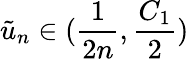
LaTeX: \tilde{u}_{n}\in(\frac{1}{2n},\frac{C_{1}}{2})